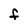
Character: F